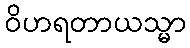
ဝိဟရတာယသ္မာ